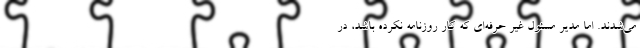
می‌شدند. اما مدیر مسئول غیر حرفه‌ای که کار روزنامه نکرده باشد، در